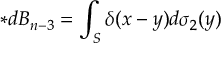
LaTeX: \ast d B _ { n - 3 } = \int _ { S } \delta ( x - y ) d \sigma _ { 2 } ( y )